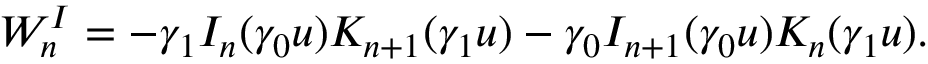
W _ { n } ^ { I } = - \gamma _ { 1 } I _ { n } ( \gamma _ { 0 } u ) K _ { n + 1 } ( \gamma _ { 1 } u ) - \gamma _ { 0 } I _ { n + 1 } ( \gamma _ { 0 } u ) K _ { n } ( \gamma _ { 1 } u ) .